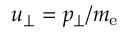
u _ { \perp } = p _ { \perp } / m _ { \mathrm { e } }